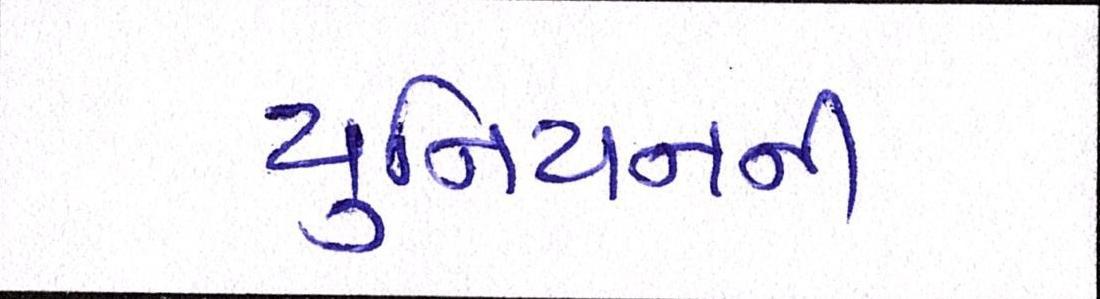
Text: યુનિયનની